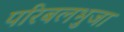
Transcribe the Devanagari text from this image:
परिबलभुजा